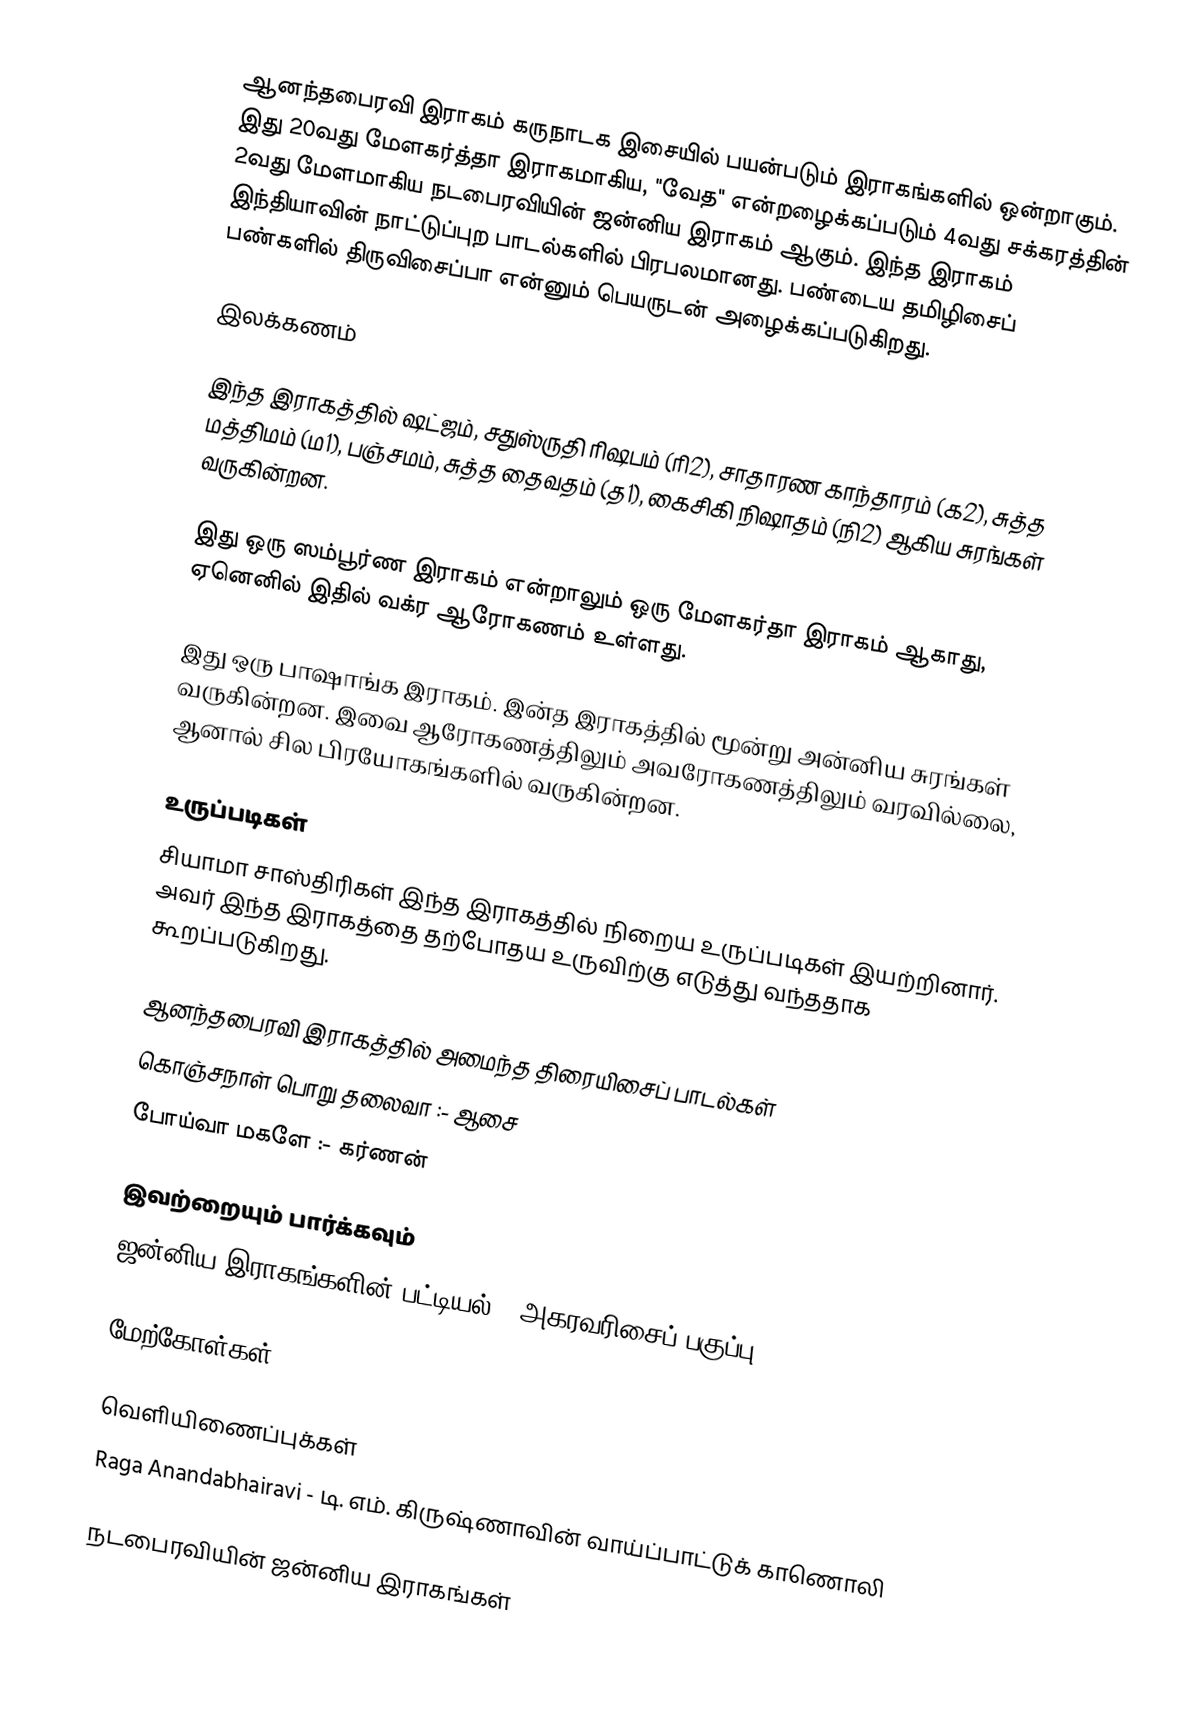
ஆனந்தபைரவி இராகம் கருநாடக இசையில் பயன்படும் இராகங்களில் ஒன்றாகும். இது 20வது மேளகர்த்தா இராகமாகிய, "வேத" என்றழைக்கப்படும் 4வது சக்கரத்தின் 2வது மேளமாகிய நடபைரவியின் ஜன்னிய இராகம் ஆகும். இந்த இராகம் இந்தியாவின் நாட்டுப்புற பாடல்களில் பிரபலமானது. பண்டைய தமிழிசைப் பண்களில் திருவிசைப்பா என்னும் பெயருடன் அழைக்கப்படுகிறது.

இலக்கணம்

 இந்த இராகத்தில் ஷட்ஜம், சதுஸ்ருதி ரிஷபம் (ரி2),  சாதாரண காந்தாரம் (க2), சுத்த மத்திமம் (ம1), பஞ்சமம், சுத்த தைவதம் (த1), கைசிகி நிஷாதம்  (நி2) ஆகிய சுரங்கள் வருகின்றன.

 இது ஒரு ஸம்பூர்ண இராகம் என்றாலும் ஒரு மேளகர்தா இராகம் ஆகாது, ஏனெனில் இதில் வக்ர ஆரோகணம் உள்ளது.

 இது ஒரு பாஷாங்க இராகம். இன்த இராகத்தில் மூன்று அன்னிய சுரங்கள் வருகின்றன. இவை ஆரோகணத்திலும் அவரோகணத்திலும் வரவில்லை, ஆனால் சில பிரயோகங்களில் வருகின்றன.

உருப்படிகள்
 சியாமா சாஸ்திரிகள் இந்த இராகத்தில் நிறைய உருப்படிகள் இயற்றினார். அவர் இந்த இராகத்தை தற்போதய உருவிற்கு எடுத்து வந்ததாக கூறப்படுகிறது.

ஆனந்தபைரவி இராகத்தில் அமைந்த திரையிசைப் பாடல்கள்
 கொஞ்சநாள் பொறு தலைவா :- ஆசை
 போய்வா மகளே :- கர்ணன்

இவற்றையும் பார்க்கவும்
 ஜன்னிய இராகங்களின் பட்டியல் - அகரவரிசைப் பகுப்பு

மேற்கோள்கள்

வெளியிணைப்புக்கள்
 Raga Anandabhairavi - டி. எம். கிருஷ்ணாவின் வாய்ப்பாட்டுக் காணொலி

நடபைரவியின் ஜன்னிய இராகங்கள்